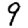
Digit: 9